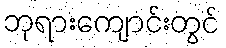
ဘုရားကျောင်းတွင်